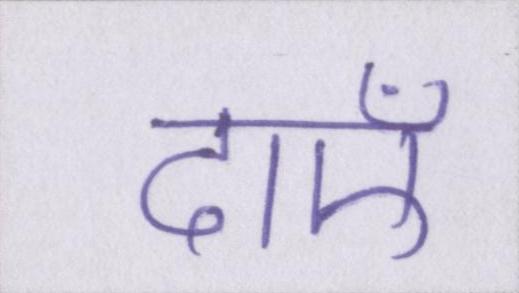
दाएँ